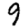
Digit: 9